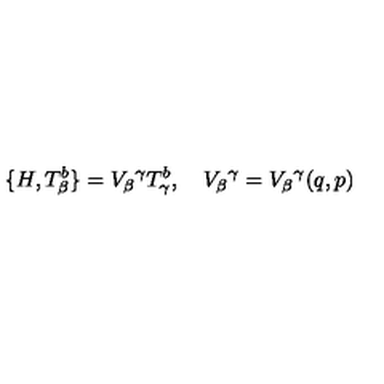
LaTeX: \{ H , T _ { \beta } ^ { b } \} = V _ { \beta } { } ^ { \gamma } T _ { \gamma } ^ { b } , \quad V _ { \beta } { } ^ { \gamma } = V _ { \beta } { } ^ { \gamma } ( q , p )